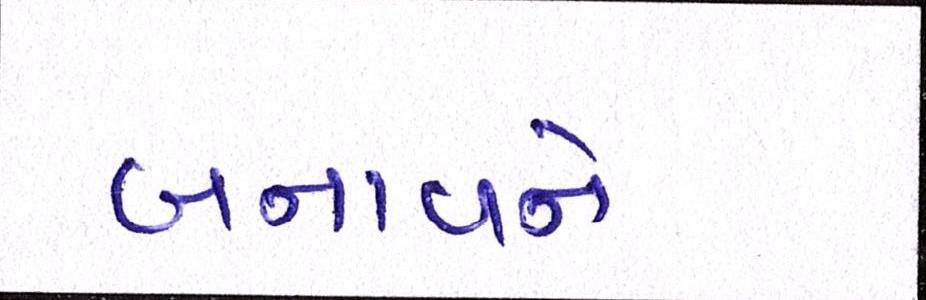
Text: બનાવને